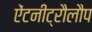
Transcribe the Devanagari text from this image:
ऐंटनीट्रौलौप